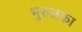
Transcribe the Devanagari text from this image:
भुरुळका